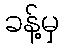
ခန့်မှ